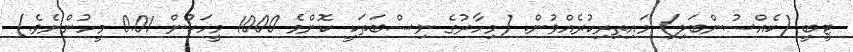
ޓީބީ (ކެއްސުންބަލި) މައިތިރިކުރެއްވުން. (މިހާރުގެ ނިސްބަތަކީ ކޮންމެ 1000 މީހަކުން 0.01 މީހުންނެވެ.)